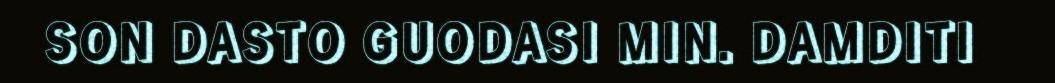
SON DASTO GUODASI MIN. DAMDITI